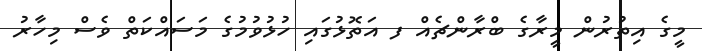
މީގެ އިތުރުން މީރާގެ ބްރާންޗެއް ފ އަތޮޅުގައި ހުޅުވުމުގެ މަސައްކަތް ވެސް މިހާރު